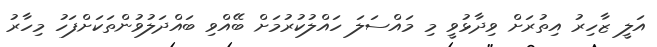
އަލީ ޒާހިރު އިތުރަށް ވިދާޅުވީ މި މައްސަލަ ހައްލުކުރުމަށް ބޭއްވި ބައްދަލުވުންތަކަށްފަހު މިހާރު